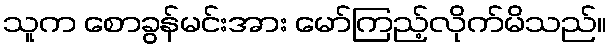
သူက စောခွန်မင်းအား မော်ကြည့်လိုက်မိသည်။